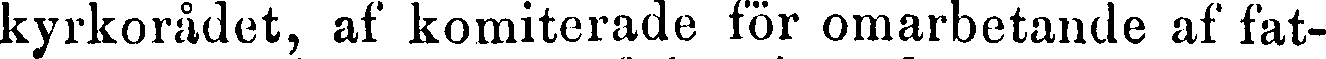
kyrkorådet, af komiterade för omarbetande af fat-